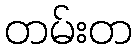
တမ်းတ